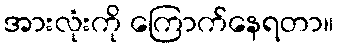
အားလုံးကို ကြောက်နေရတာ။